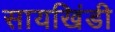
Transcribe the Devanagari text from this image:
सायखिंडी